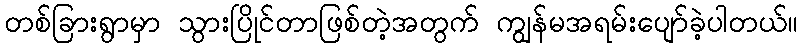
တစ်ခြားရွာမှာ သွားပြိုင်တာဖြစ်တဲ့အတွက် ကျွန်မအရမ်းပျော်ခဲ့ပါတယ်။